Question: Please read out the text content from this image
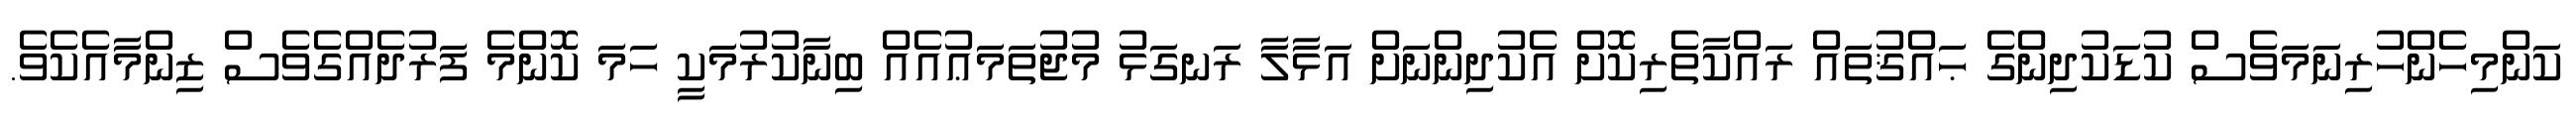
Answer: ކަންމިހެންހުރިނަމަވެސް ކުޑަކުދިންގެ ޙައްޤުތައް ރައްކާތެރިކޮށް އެކުދިންނަށް އަޅާލާ ރަނގަޅު މުޖުތަމަޢުއެއް ބިނާކުރުމަކީ ހަމަ ކޮންމެ ފަރުދެއްގެވެސް ޒިންމާއެކެވެ.